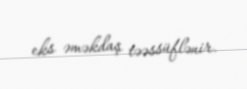
eks əməkdaş təəssüflənir.